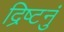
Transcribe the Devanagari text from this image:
द्रिष्टनुं